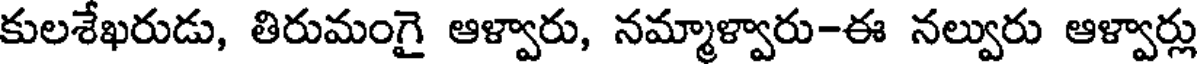
కులశేఖరుడు, తిరుమంగై ఆళ్వారు, నమ్మాళ్వారు-ఈ నల్వురు ఆళ్వార్లు